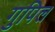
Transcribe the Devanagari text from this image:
गुपिल